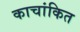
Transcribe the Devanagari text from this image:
काचांकित